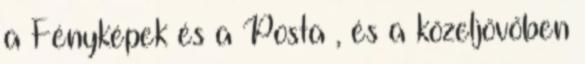
a Fényképek és a Posta , és a közeljövőben